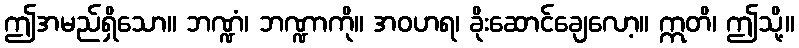
ဤအမည်ရှိသော။ ဘဏ္ဍံ၊ ဘဏ္ဍာကို။ အဝဟရ၊ ခိုးဆောင်ချေလော့။ ဣတိ၊ ဤသို့။